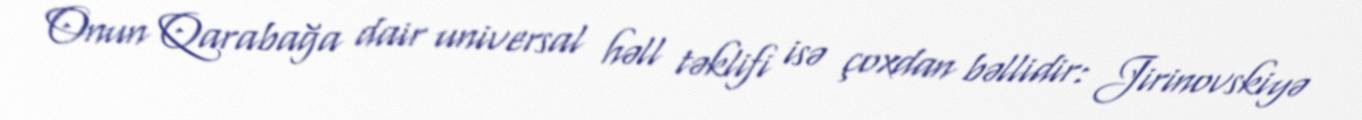
Onun Qarabağa dair universal həll təklifi isə çoxdan bəllidir: Jirinovskiyə